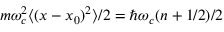
m \omega _ { c } ^ { 2 } \langle ( x - x _ { 0 } ) ^ { 2 } \rangle / 2 = \hbar \omega _ { c } ( n + 1 / 2 ) / 2